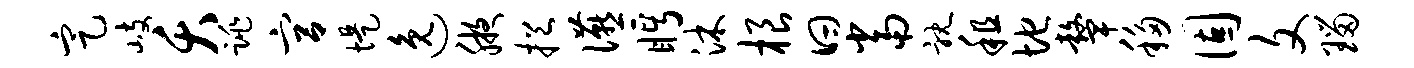
定岐夭跳宫堤逸腋挹宴眄沐根曰当耽租地鼙移固文瑙